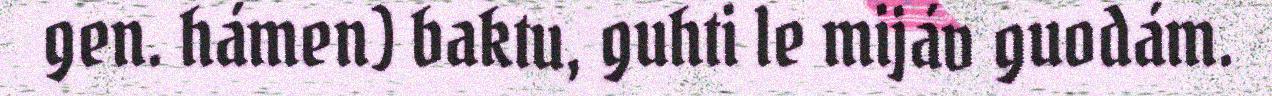
gen. hámen) baktu, guhti le mijáv guodám.